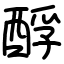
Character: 酻